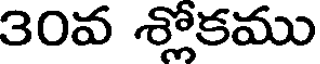
30వ శ్లోకము